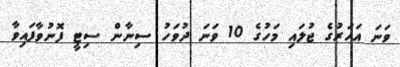
ވަނަ އަހަރުގެ ޖުލައި މަހުގެ 10 ވަނަ ދުވަހު ސިނާން ސިޓީ ފޮނުވާފައިވާ